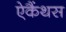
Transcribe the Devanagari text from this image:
ऐकैंथस